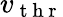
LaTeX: v_{\mathrm{~t~h~r~}}